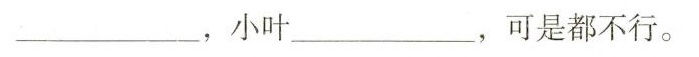
___,小叶___，可是都不行。